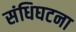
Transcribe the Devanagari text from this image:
संधिघटना